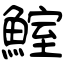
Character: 鰘